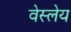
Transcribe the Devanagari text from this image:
वेस्लेय